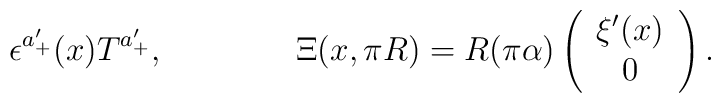
\epsilon^{a_+'}(x) T^{a_+'}, \qquad\qquad  \Xi(x,\pi R) = R(\pi \alpha) \left( \begin{array}{c}					\xi'(x) \\					0				      \end{array} \right).